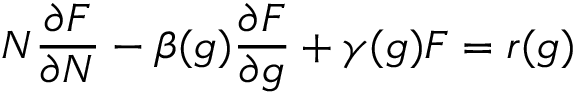
N { \frac { \partial F } { \partial N } } - \beta ( g ) { \frac { \partial F } { \partial g } } + \gamma ( g ) F = r ( g )